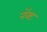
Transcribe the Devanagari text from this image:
नॅक्ट